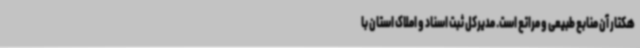
هکتار آن منابع طبیعی و مراتع است. مدیرکل ثبت اسناد و املاک استان با